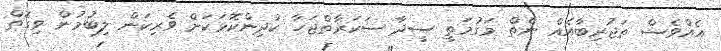
އެއްވެސް ތަޖުރިބާއެއް ނެތް މަގުމަތީ ސީދާ ސަކަރާތްޖަހާ ކުދިންކޮޅަކަށް ވެރިކަން ލިބުމުން ވިގޮތް